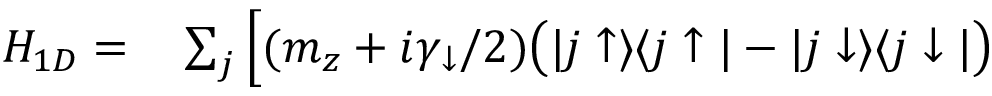
\begin{array} { r l } { H _ { 1 D } = } & { { } \sum _ { j } \Big [ ( m _ { z } + i \gamma _ { \downarrow } / 2 ) \bigr ( | j \uparrow \rangle \langle j \uparrow | - | j \downarrow \rangle \langle j \downarrow | \bigr ) } \end{array}